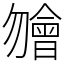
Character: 𣍐